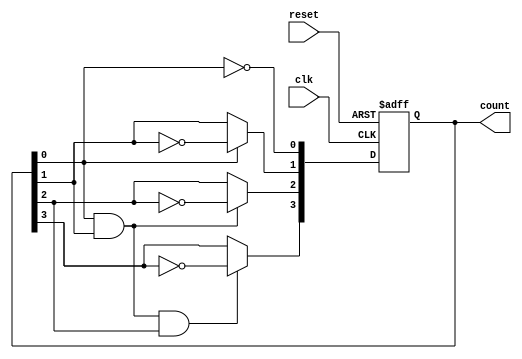
module async_ripple_counter (
    input wire clk,        // Clock input
    input wire reset,      // Asynchronous reset input
    output reg [n-1:0] count // n-bit counter output
);
    parameter n = 4; // Number of bits in the counter (4-bit counter)

    always @(posedge clk or posedge reset) begin
        if (reset) begin
            count <= 0; // Reset the counter to 0
        end else begin
            // Ripple counting logic
            count[0] <= ~count[0]; // Toggle the least significant bit (LSB)
            // Toggle the next bits based on the previous bit's state
            count[1] <= count[0] ? ~count[1] : count[1];
            count[2] <= (count[0] & count[1]) ? ~count[2] : count[2];
            count[3] <= (count[0] & count[1] & count[2]) ? ~count[3] : count[3];
        end
    end
endmodule